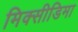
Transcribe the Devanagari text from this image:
मिक्सीडिमा